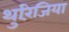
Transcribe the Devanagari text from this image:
थुरिंजिया